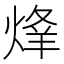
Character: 𱫦